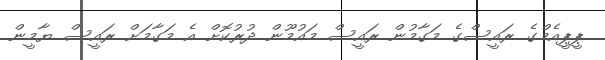
ޕީޕީއެމްގެ ރައީސްގެ މަގާމުން ރައީސް މައުމޫން ދުރުކޮށް އެ މަގާމަށް ރައީސް ޔާމީން